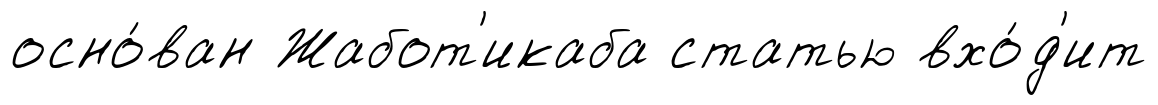
осно́ван Жабот'икаба статью вхо́д'ит